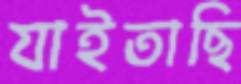
যাইতাছি